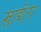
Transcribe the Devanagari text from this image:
खाद्येतर